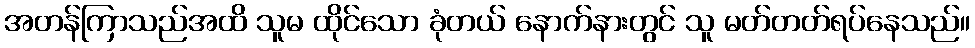
အတန်ကြာသည်အထိ သူမ ထိုင်သော ခုံတယ် နောက်နားတွင် သူ မတ်တတ်ရပ်နေသည်။